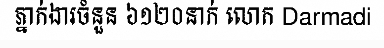
ភ្នាក់ងារចំនួន ៦១២០នាក់ លោក Darmadi